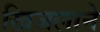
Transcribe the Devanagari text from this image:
खिजलाने